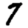
Digit: 7